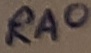
Text: RA0